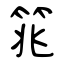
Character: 筄